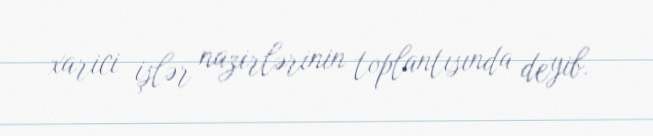
xarici işlər nazirlərinin toplantısında deyib.